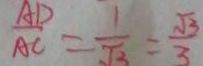
\frac { A D } { A C } = \frac { 1 } { \sqrt { 3 } } = \frac { \sqrt { 3 } } { 3 }